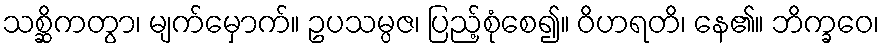
သစ္ဆိကတွာ၊ မျက်မှောက်။ ဥပသမ္ပဇ၊ ပြည့်စုံစေ၍။ ဝိဟရတိ၊ နေ၏။ ဘိက္ခဝေ၊